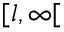
[ l , \infty [